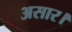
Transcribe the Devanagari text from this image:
असार।